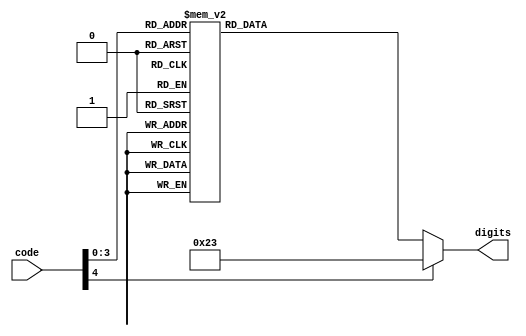
`timescale 1ns / 1ps
//////////////////////////////////////////////////////////////////////////////////
// Company: 
// Engineer: 
// 
// Design Name: 
// Module Name: code2digits
// Project Name: 
// Target Devices: 
// Tool Versions: 
// Description: 
// 
// Dependencies: 
// 
// Revision:
// Revision 0.01 - File Created
// Additional Comments:
// 
//////////////////////////////////////////////////////////////////////////////////


module code2digits(input [4:0] code, output reg [6:0] digits);
    always @ (code)
    case(code)
        0: digits <= 7'b1000000;
        1: digits <= 7'b1111001;
        2: digits <= 7'b0100100;
        3: digits <= 7'b0110000;
        4: digits <= 7'b0011001;
        5: digits <= 7'b0010010;
        6: digits <= 7'b0000010;
        7: digits <= 7'b1111000;
        8: digits <= 7'b0000000;
        9: digits <= 7'b0010000;
        'hA: digits <= 7'b0001000;
        'hB: digits <= 7'b0000011;
        'hC: digits <= 7'b0100111;
        'hD: digits <= 7'b0100001;
        'hE: digits <= 7'b0000110;
        'hF: digits <= 7'b0001110;
        default: digits <= 7'b0100011;
    endcase
endmodule